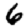
Digit: 6